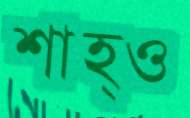
শাহ্ও